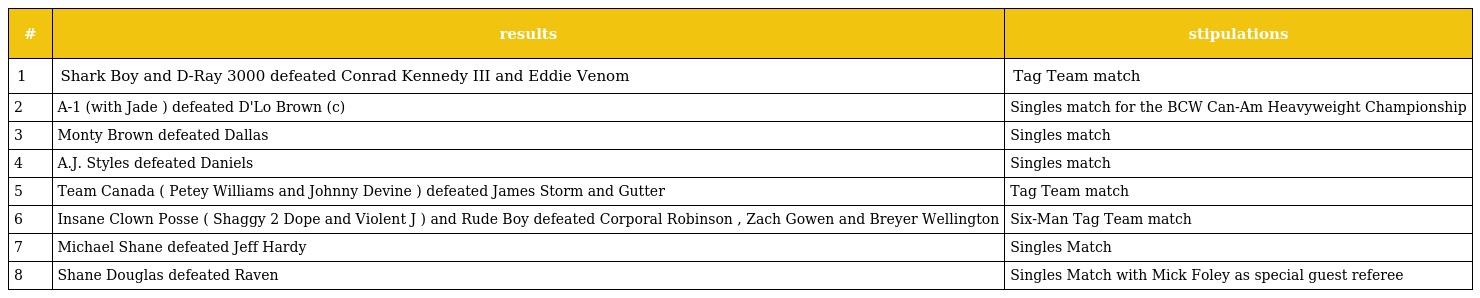
| # | results | stipulations |
 | --- | --- | --- |
 | 1 | Shark Boy and D-Ray 3000 defeated Conrad Kennedy III and Eddie Venom | Tag Team match |
 | 2 | A-1 (with Jade ) defeated D'Lo Brown (c) | Singles match for the BCW Can-Am Heavyweight Championship |
 | 3 | Monty Brown defeated Dallas | Singles match |
 | 4 | A.J. Styles defeated Daniels | Singles match |
 | 5 | Team Canada ( Petey Williams and Johnny Devine ) defeated James Storm and Gutter | Tag Team match |
 | 6 | Insane Clown Posse ( Shaggy 2 Dope and Violent J ) and Rude Boy defeated Corporal Robinson , Zach Gowen and Breyer Wellington | Six-Man Tag Team match |
 | 7 | Michael Shane defeated Jeff Hardy | Singles Match |
 | 8 | Shane Douglas defeated Raven | Singles Match with Mick Foley as special guest referee |